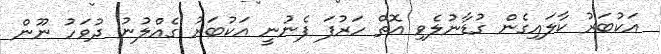
އަކުބަރު ކާލައިގެން ގުޑާނުލެވި އޮތް ހަރުފަ ފެނުނީ އަކުބަރު ގެއްލުނު ދުވަހު ނޫން